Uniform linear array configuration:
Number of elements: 12
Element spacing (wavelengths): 0.5
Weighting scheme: hann
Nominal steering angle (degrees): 60
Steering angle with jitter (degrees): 60.359
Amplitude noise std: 0.05
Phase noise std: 0.05

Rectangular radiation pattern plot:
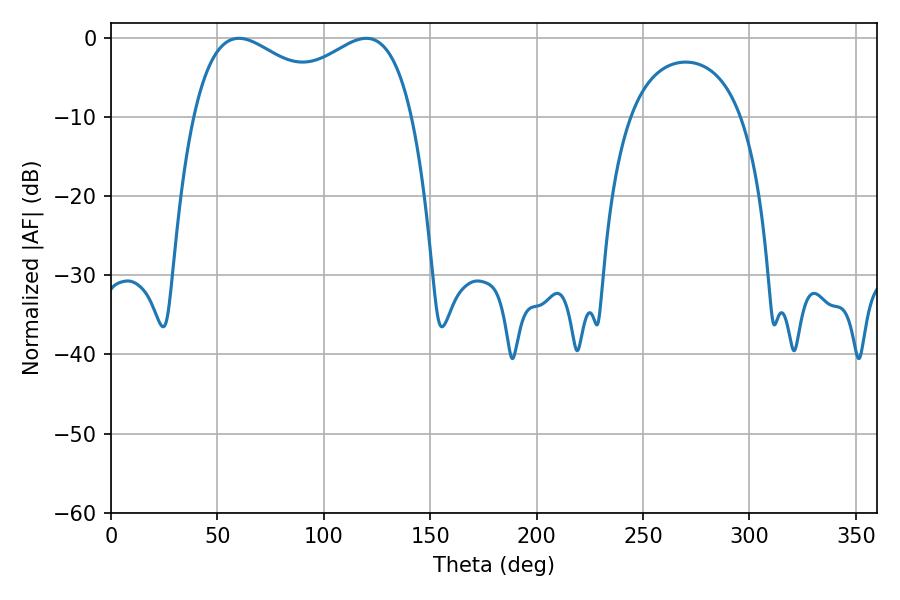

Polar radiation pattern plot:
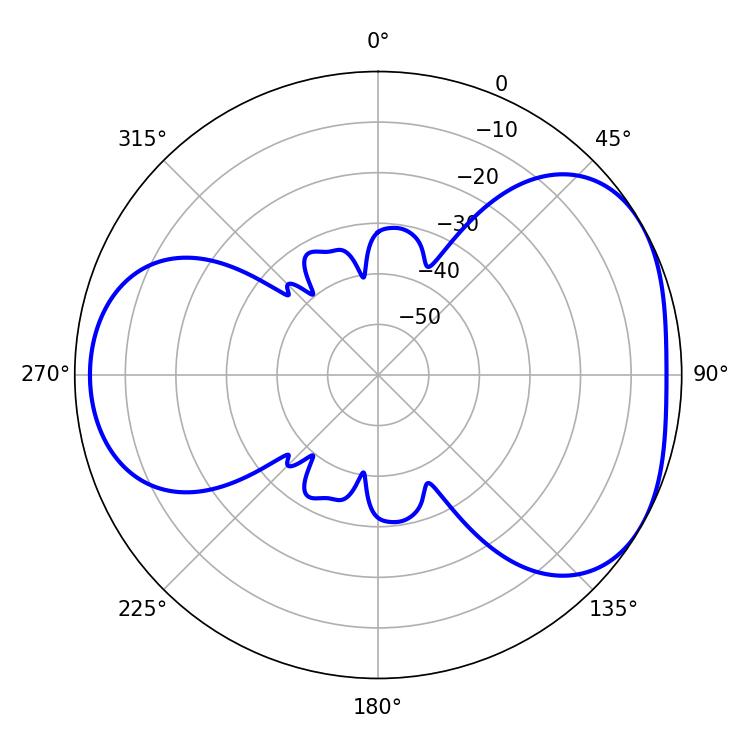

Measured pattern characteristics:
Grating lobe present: FALSE
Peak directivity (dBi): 4.226
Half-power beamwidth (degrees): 85.68
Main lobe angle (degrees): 60.12